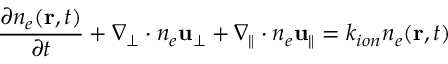
\frac { \partial n _ { e } ( \mathbf { r } , t ) } { \partial t } + \nabla _ { \perp } \cdot n _ { e } \mathbf { u _ { \perp } } + \nabla _ { \parallel } \cdot n _ { e } \mathbf { u _ { \parallel } } = k _ { i o n } n _ { e } ( \mathbf { r } , t )